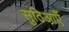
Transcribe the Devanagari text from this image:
सुठिआएँ